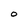
Character: O